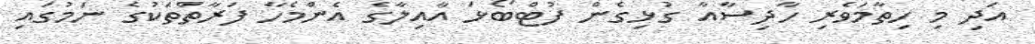
އަދި މި ހިތާމަވެރި ހާދިސާއާ ގުޅިގެން ފުޓްބޯޅަ އާއިލާގެ އެންމެހާ ފަރާތްތަކުގެ ނަމުގައި